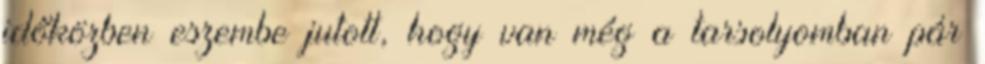
időközben eszembe jutott, hogy van még a tarsolyomban pár